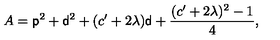
A = { \sf p } ^ { 2 } + { \sf d } ^ { 2 } + ( c ^ { \prime } + 2 \lambda ) { \sf d } + \frac { ( c ^ { \prime } + 2 \lambda ) ^ { 2 } - 1 } { 4 } ,